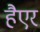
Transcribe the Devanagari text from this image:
हैएर